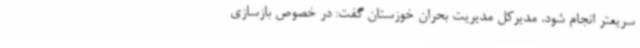
سریعتر انجام شود. مدیرکل مدیریت بحران خوزستان گفت: در خصوص بازسازی